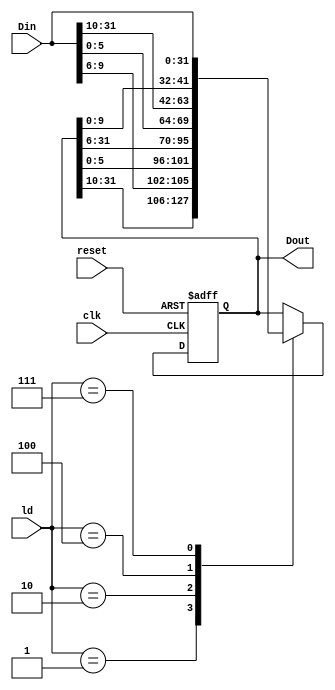
`timescale 1ns / 1ps
//////////////////////////////////////////////////////////////////////////////////
// Company: 
// Engineer: 
// 
// Design Name: 
// Module Name:    CPSR 
// Project Name: 
// Target Devices: 
// Tool versions: 
// Description: 
//
// Dependencies: 
//
// Revision: 
// Revision 0.01 - File Created
// Additional Comments: 
//
//////////////////////////////////////////////////////////////////////////////////

module CPSR(clk, reset, ld, Din, Dout);
	input clk, reset; 
	input [2:0] ld;
	input [31:0] Din;
	output reg [31:0] Dout;
	
	//behavioral section for writing to the register
	always @(posedge reset, posedge clk) begin
	
     if (reset)//check for reset
		
       Dout <=32'b0;
			
     else begin
		
      case(ld)
		  3'b001:  Dout <= {Dout[31:10], Din[9:6],  Dout[5:0]};
        3'b010:  Dout <= {Dout[31:10], Dout[9:6], Din[5:0]};
        3'b100:  Dout <= {Din[31:10],  Dout[9:6], Dout[5:0]};     
        3'b111:  Dout <= Din;		  
        default: Dout  <= Dout;
      endcase
    end
  end	 
endmodule